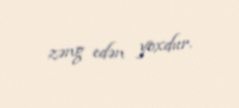
zəng edən yoxdur.